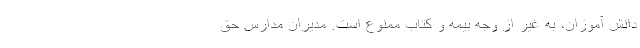
دانش آموزان، به غیر از وجه بیمه و کتاب ممنوع است. مدیران مدارس حق